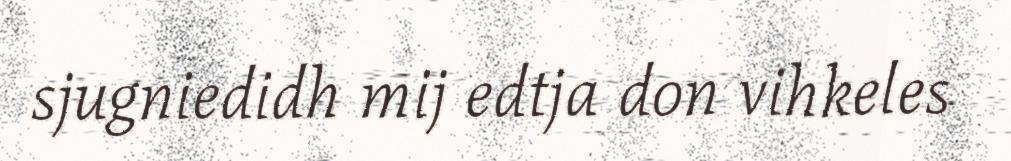
sjugniedidh mij edtja don vihkeles